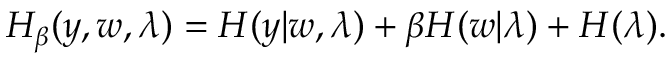
\begin{array} { r } { H _ { \beta } ( y , w , \lambda ) = H ( y | w , \lambda ) + \beta H ( w | \lambda ) + H ( \lambda ) . } \end{array}